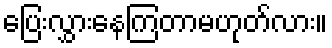
ပြေးလွှားနေကြတာမဟုတ်လား။